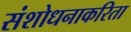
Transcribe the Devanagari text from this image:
संशोधनाकरिता